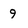
Character: 9